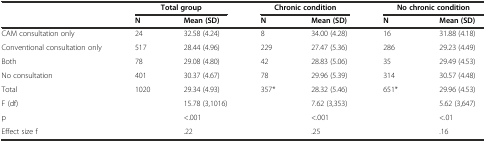
<table><thead><tr><td></td><td colspan="2"><b>Total group</b></td><td colspan="2"><b>Chronic condition</b></td><td colspan="2"><b>No chronic condition</b></td></tr><tr><td></td><td><b>N</b></td><td><b>Mean (SD)</b></td><td><b>N</b></td><td><b>Mean (SD)</b></td><td><b>N</b></td><td><b>Mean (SD)</b></td></tr></thead><tbody><tr><td>CAM consultation only</td><td>24</td><td>32.58 (4.24)</td><td>8</td><td>34.00 (4.28)</td><td>16</td><td>31.88 (4.18)</td></tr><tr><td>Conventional consultation only</td><td>517</td><td>28.44 (4.96)</td><td>229</td><td>27.47 (5.36)</td><td>286</td><td>29.23 (4.49)</td></tr><tr><td>Both</td><td>78</td><td>29.08 (4.80)</td><td>42</td><td>28.83 (5.06)</td><td>35</td><td>29.49 (4.53)</td></tr><tr><td>No consultation</td><td>401</td><td>30.37 (4.67)</td><td>78</td><td>29.96 (5.39)</td><td>314</td><td>30.57 (4.48)</td></tr><tr><td>Total</td><td>1020</td><td>29.34 (4.93)</td><td>357*</td><td>28.32 (5.46)</td><td>651*</td><td>29.96 (4.53)</td></tr><tr><td>F (df)</td><td></td><td>15.78 (3,1016)</td><td></td><td>7.62 (3,353)</td><td></td><td>5.62 (3,647)</td></tr><tr><td>p</td><td></td><td>&lt;.001</td><td></td><td>&lt;.001</td><td></td><td>&lt;.01</td></tr><tr><td>Effect size f</td><td></td><td>.22</td><td></td><td>.25</td><td></td><td>.16</td></tr></tbody></table>